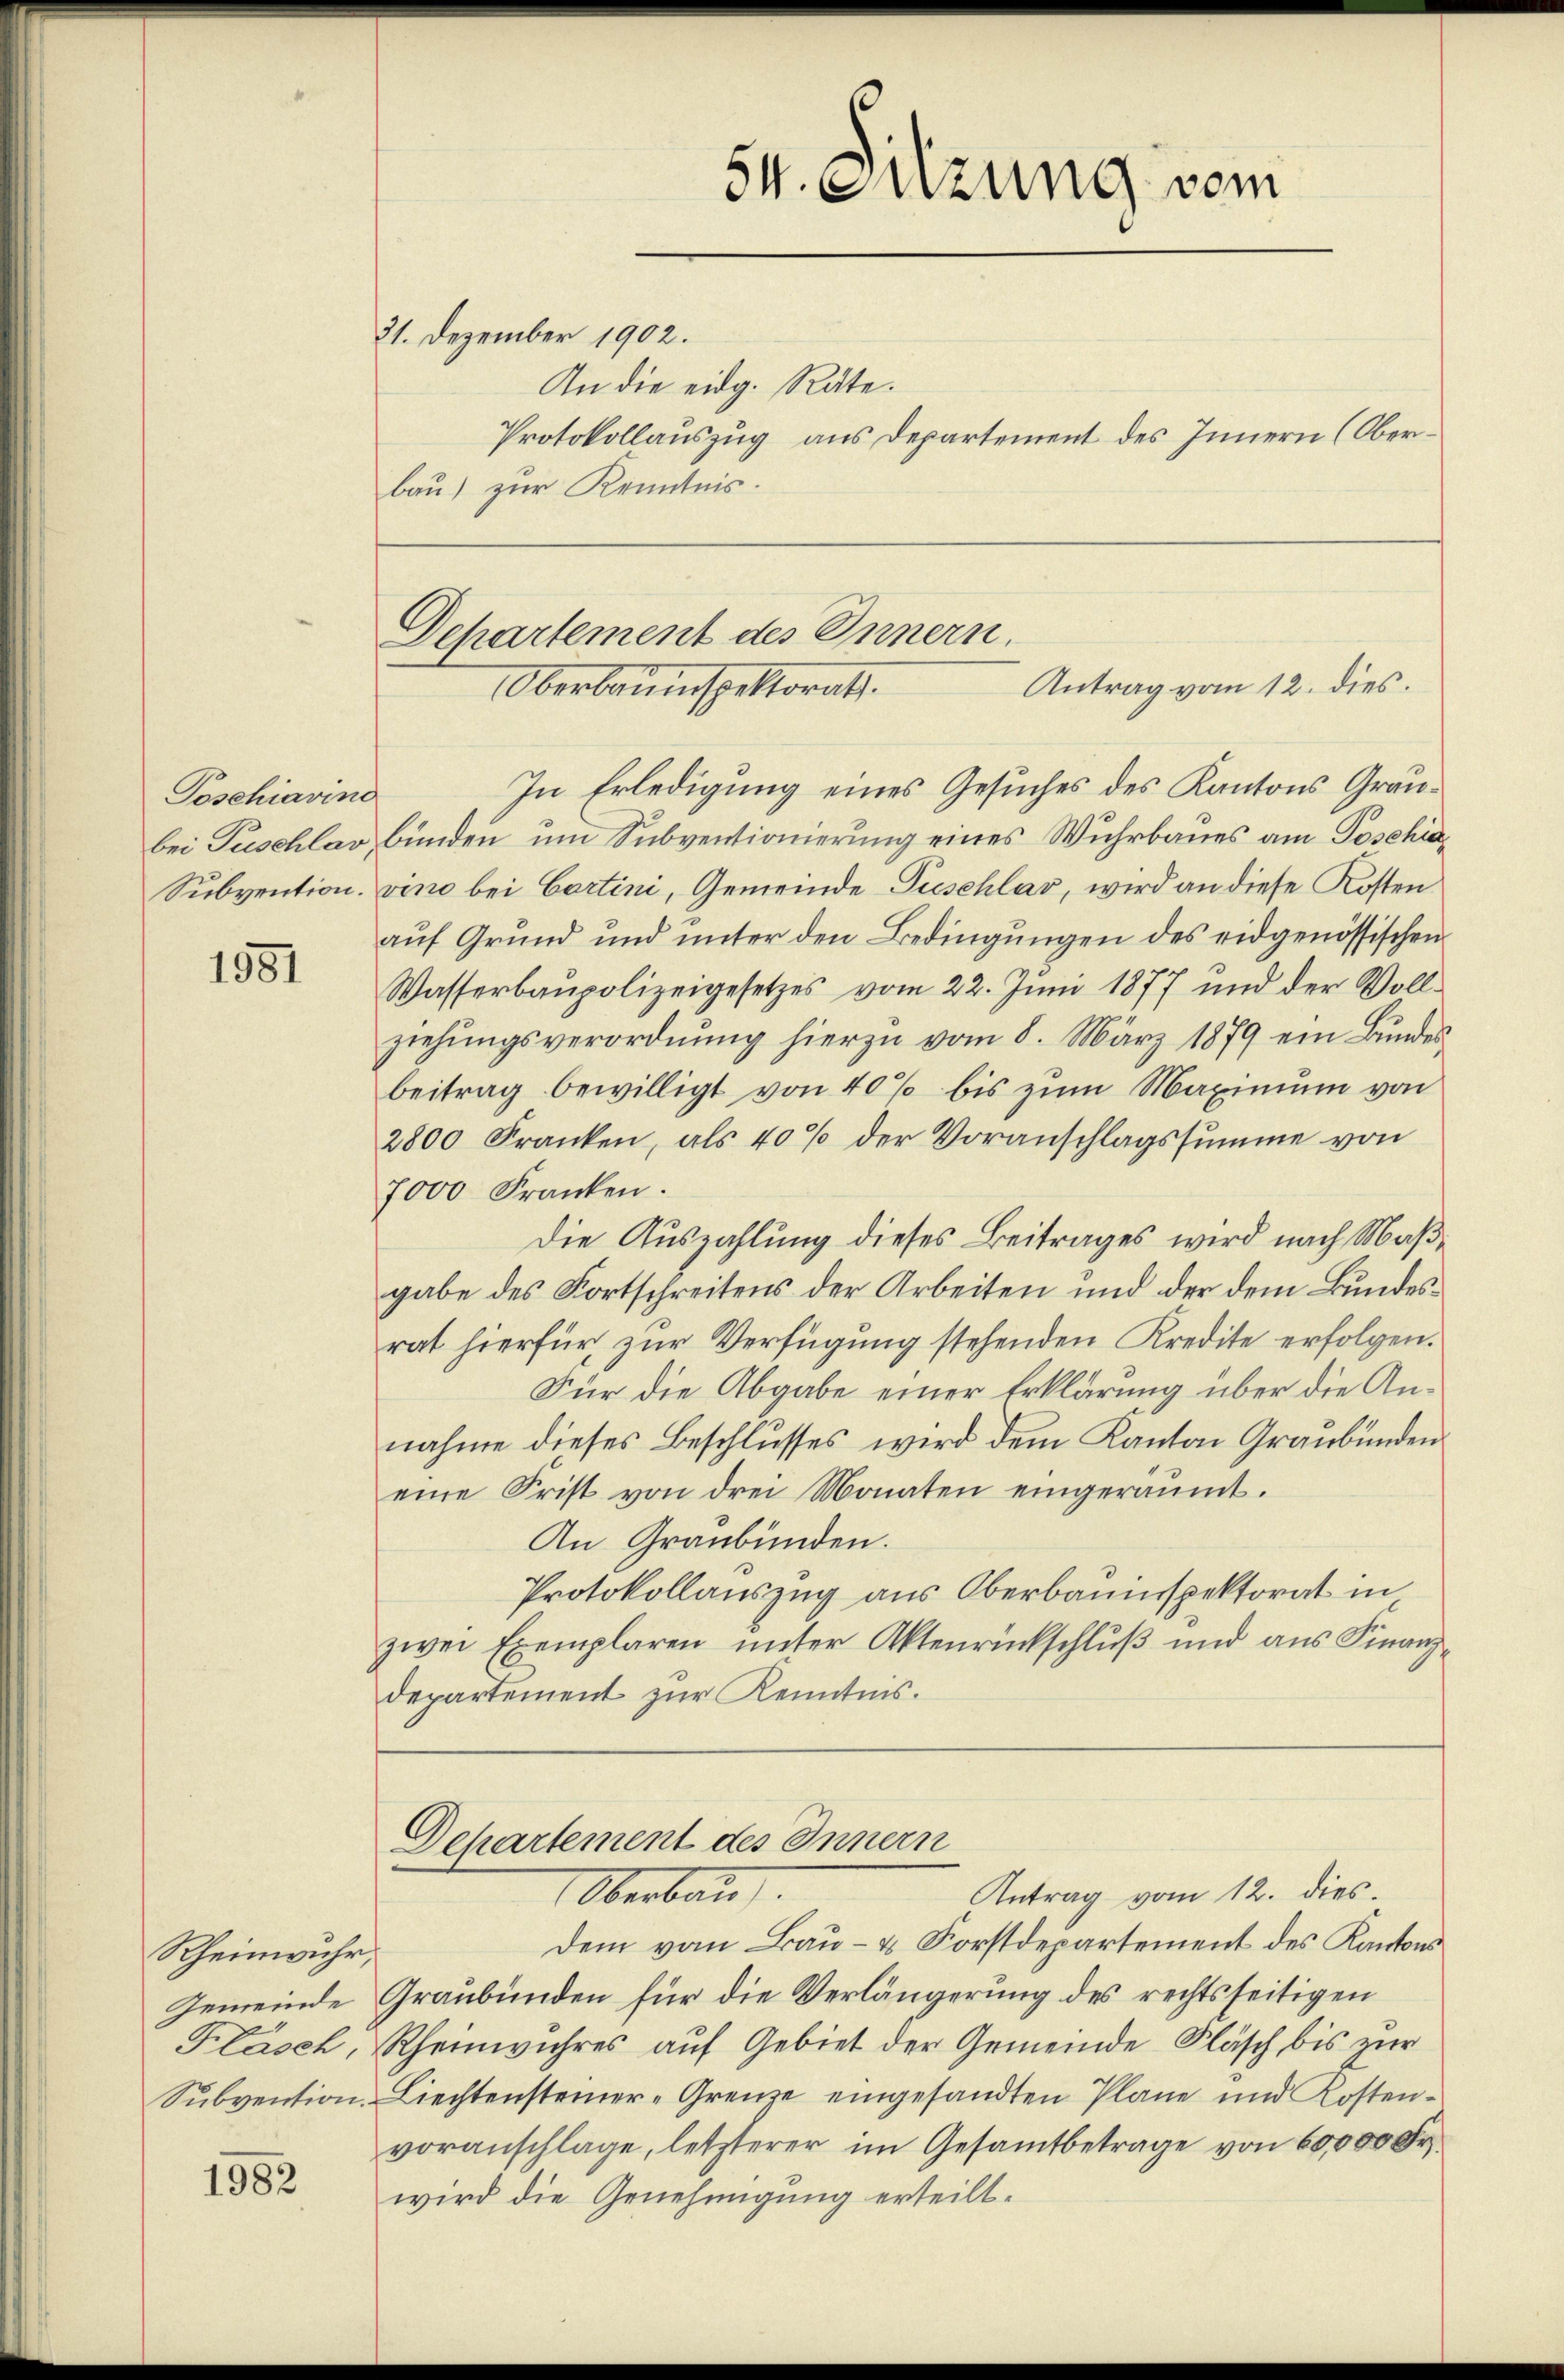
Toschiavind

1581

Rheinwuhr,
Subvention.

1982

21. Dezember 1902.
An die eidg. Rate.
bau) zur Kenntnis.

Departement des Innern.
Antrag vom 12. dies.
Oberbauinspektorat.

54. Setzung vom

In Erledigung eines Gesuches des Kantons Graubei Puschlav bunden um Subventionierung eines Wuhrbaues am Poschie¬
Subvention vino bei Cartini, Gemeinde-Puschlas, wird an diese Kosten
auf Grund und unter den Bedingungen des eidgenössischen
Wasserbaupolizeigesetzes vom 22. Juni 1877 und der Vollziehungsverordnung hierzu vom 8. März 1879 ein Bundesbeitrag bewilligt von 40% bis zum Maximum von
2800 Franken, als 40% der Voranschlagssumme von
7000 Franken.
Die Auszahlung dieses Beitrages wird nach Maßgabe des Fortschreitens der Arbeiten und der dem Bundesrat hierfür zur Verfügung stehenden Kredite erfolgen.
Für die Abgabe einer Erklärung über die Annahme dieses Beschlusses wird dem Kanton Graubünden
eine Frist von drei Monaten eingeräumt.
An Graubünden.
Protokollauszug aus Oberbauinspektorat in
zwei Exemplaren ŭnter Aktenrückschluß und aus Finanz-
departement zur Kenntnis.

Dehartement des Innern
Oberbau
Antrag vom 12. dies

Dem vom Bau- & Forstdepartement des Kantons
Gemeinde Graubünden für die Verlängerung des rechtsseitigen
Flasch, Rheinwuhres auf Gebiet der Gemeinde Fläsch bis zur
Liechtensteiner-Grenze eingesandten Pläne und Kostenvoranschlage, letzterer im Gesamtbetrage von 60,000 Fr.
wird die Genehmigung erteilt.

Protokollauszug aus Departement des Innern (Ober¬